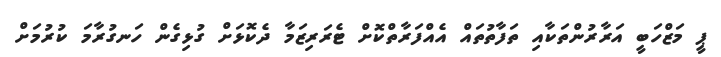
ޕީ މަޒްހަބީ އަރާރުންތަކާއި ތަފާތުތައް އެއްފަރާތްކޮށް ޓެރަރިޒަމާ ދެކޮޅަށް ގުޅިގެން ހަނގުރާމަ ކުރުމަށް